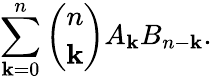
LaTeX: \sum_{\mathbf{k}=0}^{n}{\binom{n}{\mathbf{k}}}A_{\mathbf{k}}B_{n-\mathbf{k}}.